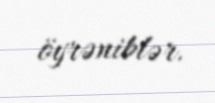
öyrəniblər.